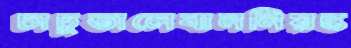
চাচুতালেবাননিয়ন্ত